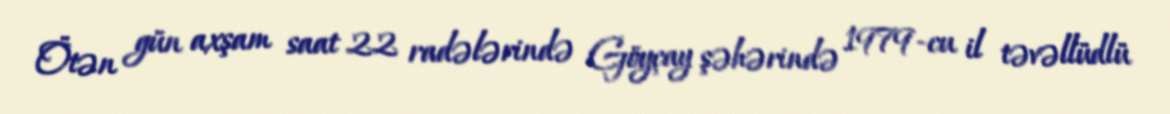
Ötən gün axşam saat 22 radələrində Göyçay şəhərində 1979-cu il təvəllüdlü